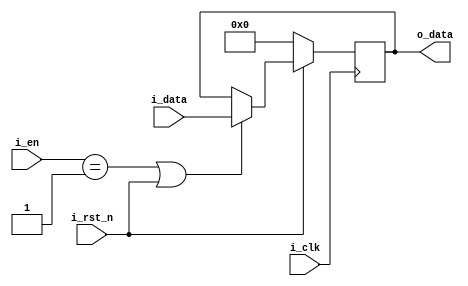
`timescale 1ns/1ps
module d_ff 
//#(
//                  parameter    DATA_WIDTH = 8
//              )
	          (
		          input 	    [7:0]i_data,
//		          input         [2:0]i_wrAddr,
		          input 		     i_clk,
		          input         [7:0]i_en,
		          input 		     i_rst_n,
		          output 	reg [7:0]o_data
	           );

always@(posedge i_clk )begin
    if(i_rst_n == 1'b0)begin
	    o_data <= 0;
	end else begin
	if(i_en == 1'b1 | i_rst_n == 1'b1) begin
	    o_data <= i_data;
	end 
	end
 end
//reg [7:0] reg0,reg1, reg2,reg3,reg4;

//always@( posedge i_clk) begin
//    if(i_rst_n == 0) begin
//        o_data <= 0;
//    end else begin
//        if( i_en)begin
//            case(i_wrAddr)
//                0: begin reg0 <= i_data; 
//                         o_data <= i_data;
//                   end
//                1: begin reg1 <= i_data;
//                         o_data <= i_data;
//                   end
//                2: begin reg2 <= i_data;
//                         o_data <= i_data;
//                   end
//                3: begin reg3 <= i_data;
//                         o_data <= i_data;
//                   end
//            endcase
////            case(i_wrAddr)
////                   0: o_wrData <= reg0;
////                   1: o_wrData <= reg1;
////                   2: o_wrData <= reg2;
////                   3: o_wrData <= reg3;
////             endcase
         
endmodule